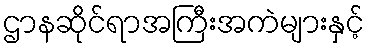
ဌာနဆိုင်ရာအကြီးအကဲများနှင့်